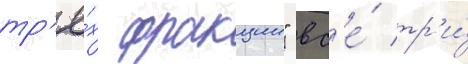
тр'ё́х фракции" вс'е́ тр'и́